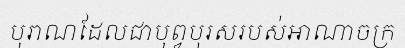
បុរាណដែលជាបុព្វបុរសរបស់អាណាចក្រ